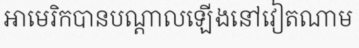
អាមេរិកបានបណ្តាលឡើងនៅវៀតណាម